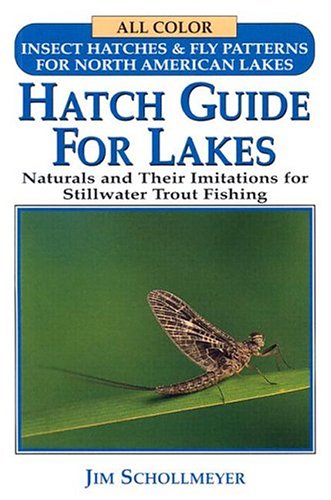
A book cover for Hatch Guide for Lakes; Jim Schollmeyer; Science & Math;